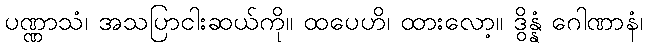
ပဏ္ဏာသံ၊ အသပြာငါးဆယ်ကို။ ထပေဟိ၊ ထားလော့။ ဒွိန္နံ ဂေါဏာနံ၊